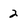
Character: 2